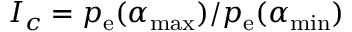
I _ { c } = p _ { \mathrm { e } } ( \alpha _ { \mathrm { m a x } } ) / p _ { \mathrm { e } } ( \alpha _ { \mathrm { m i n } } )